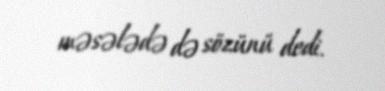
məsələdə də sözünü dedi.